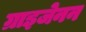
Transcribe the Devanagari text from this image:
ग्राइजेनन